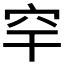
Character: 𥤱